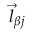
\vec { l } _ { \beta j }